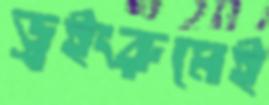
ড্রইংরুমেই